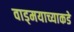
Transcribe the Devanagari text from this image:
वाड्मयाच्याकडे